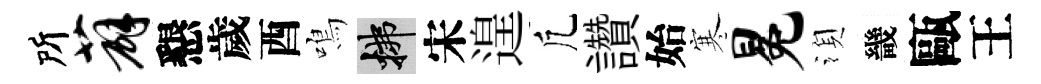
所薜懇歲酉鳴拂宋遑凢讚始寒冕湏畿甌王